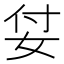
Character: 姇